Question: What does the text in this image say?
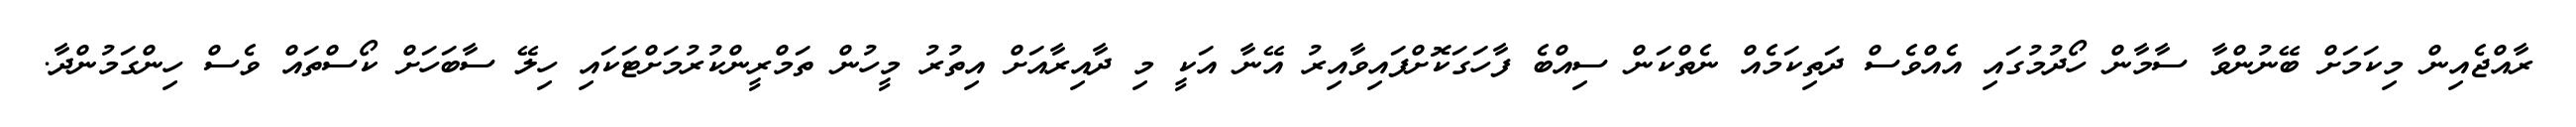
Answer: ރާއްޖެއިން މިކަމަށް ބޭނުންވާ ސާމާން ހޯދުމުގައި އެއްވެސް ދަތިކަމެއް ނެތްކަން ސިއްބެ ފާހަގަކޮށްފައިވާއިރު އޭނާ އަކީ މި ދާއިރާއަށް އިތުރު މީހުން ތަމްރީންކުރުމަށްޓަކައި ހިލޭ ސާބަހަށް ކޯސްތައް ވެސް ހިންގަމުންދާ.